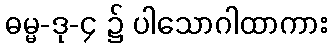
ဓမ္မ-ဒု-၄ ၌ ပါသောဂါထာကား